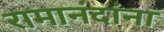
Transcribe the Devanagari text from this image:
रामानंदांना